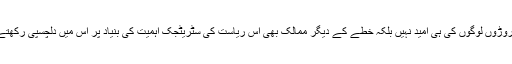
جو کروڑوں لوگوں کی ہی امید نہیں بلکہ خطے کے دیگر ممالک بھی اس ریاست کی سٹریٹجک اہمیت کی بنیاد پر اس میں دلچسپی رکھتے ہیں۔